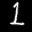
Label: 1